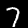
Label: 7